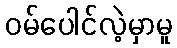
ဝမ်ပေါင်လဲ့မှာမူ